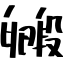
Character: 毈